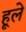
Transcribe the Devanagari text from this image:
हूले